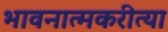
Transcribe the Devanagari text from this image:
भावनात्मकरीत्या